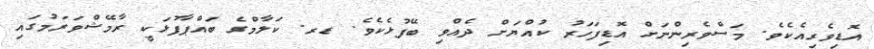
އޮޑިވެރިއެކެވެ. މަސްވެރިންނަށް އޮޑިފަހަރު ކުއްޔަށް ދެއްވި ބޭފުޅެކެވެ. ޑރ. ކަލާމްގެ ބައްޕާފުޅަކީ ރާމޭޝްވަރަމުގައި